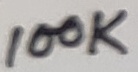
Text: 100K